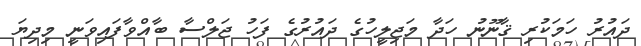
ދައުރު ހަމަކުރި ޤާނޫނު ހަދާ މަޖިލީހުގެ ދައުރުގެ ފަހު ޖަލްސާ ބާއްވާފައިވަނީ މިދިޔަ